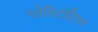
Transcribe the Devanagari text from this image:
प्लेनिटोरियम